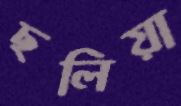
ছলিয়া